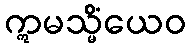
ဣမသ္မိံယေဝ